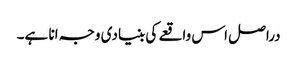
دراصل اس واقعے کی بنیادی وجہ انا ہے۔